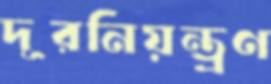
দূরনিয়ন্ত্রণ